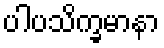
ပါပသိက္ခမာနာ